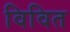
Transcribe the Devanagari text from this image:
विवित